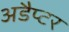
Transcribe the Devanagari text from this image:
अडैप्टर